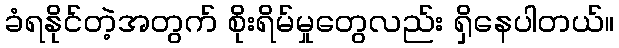
ခံရနိုင်တဲ့အတွက် စိုးရိမ်မှုတွေလည်း ရှိနေပါတယ်။